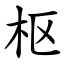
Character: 枢